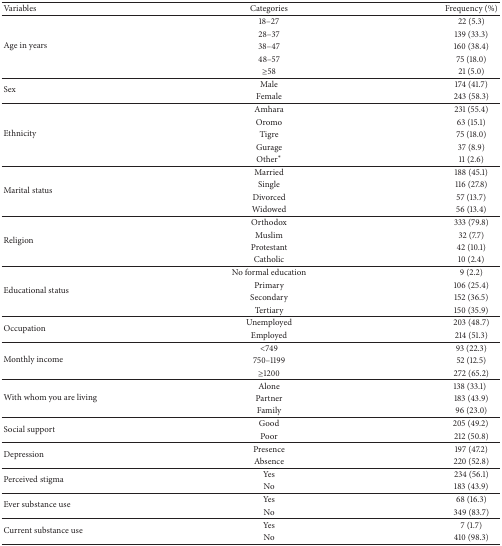
| Variables | Categories | Frequency (%) |
 | --- | --- | --- |
 | <ROWSPAN=5> Age in years | 18–27 | 22 (5.3) |
 | 28–37 | 139 (33.3) |
 | 38–47 | 160 (38.4) |
 | 48–57 | 75 (18.0) |
 | ≥58 | 21 (5.0) |
 | <ROWSPAN=2> Sex | Male | 174 (41.7) |
 | Female | 243 (58.3) |
 | <ROWSPAN=5> Ethnicity | Amhara | 231 (55.4) |
 | Oromo | 63 (15.1) |
 | Tigre | 75 (18.0) |
 | Gurage | 37 (8.9) |
 | Other∗ | 11 (2.6) |
 | <ROWSPAN=4> Marital status | Married | 188 (45.1) |
 | Single | 116 (27.8) |
 | Divorced | 57 (13.7) |
 | Widowed | 56 (13.4) |
 | <ROWSPAN=4> Religion | Orthodox | 333 (79.8) |
 | Muslim | 32 (7.7) |
 | Protestant | 42 (10.1) |
 | Catholic | 10 (2.4) |
 | <ROWSPAN=4> Educational status | No formal education | 9 (2.2) |
 | Primary | 106 (25.4) |
 | Secondary | 152 (36.5) |
 | Tertiary | 150 (35.9) |
 | <ROWSPAN=2> Occupation | Unemployed | 203 (48.7) |
 | Employed | 214 (51.3) |
 | <ROWSPAN=3> Monthly income | <749 | 93 (22.3) |
 | 750–1199 | 52 (12.5) |
 | ≥1200 | 272 (65.2) |
 | <ROWSPAN=3> With whom you are living | Alone | 138 (33.1) |
 | Partner | 183 (43.9) |
 | Family | 96 (23.0) |
 | <ROWSPAN=2> Social support | Good | 205 (49.2) |
 | Poor | 212 (50.8) |
 | <ROWSPAN=2> Depression | Presence | 197 (47.2) |
 | Absence | 220 (52.8) |
 | <ROWSPAN=2> Perceived stigma | Yes | 234 (56.1) |
 | No | 183 (43.9) |
 | <ROWSPAN=2> Ever substance use | Yes | 68 (16.3) |
 | No | 349 (83.7) |
 | <ROWSPAN=2> Current substance use | Yes | 7 (1.7) |
 | No | 410 (98.3) |